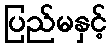
ပြည်မနှင့်